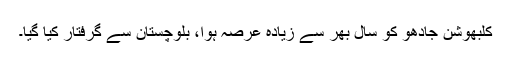
کلبھوشن جادھو کو سال بھر سے زیادہ عرصہ ہوا، بلوچستان سے گرفتار کیا گیا۔